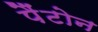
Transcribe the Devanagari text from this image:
पैंटोन